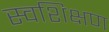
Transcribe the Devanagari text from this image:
स्वशिक्षण